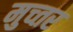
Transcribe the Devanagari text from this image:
मुच्तर